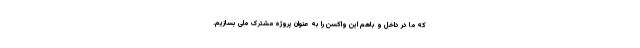
که ما در داخل و باهم این واکسن را به عنوان پروژه مشترک ملی بسازیم.